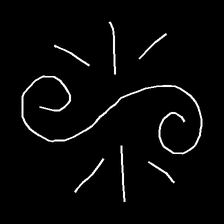
Glyph: wind-directs-air